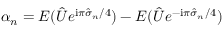
\alpha _ { n } = E ( \hat { U } e ^ { { \mathrm { i } \pi \hat { \sigma } _ { n } } / { 4 } } ) - E ( \hat { U } e ^ { { - \mathrm { i } \pi \hat { \sigma } _ { n } } / { 4 } } )